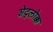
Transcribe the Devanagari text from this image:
शेद्लोक्क